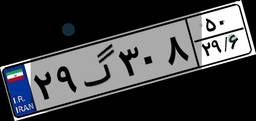
۲۹گ۳۰۸۵۰